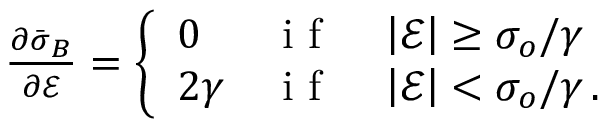
\begin{array} { r } { \frac { \partial \bar { \boldsymbol { \sigma } } _ { B } } { \partial \mathcal { E } } = \left\{ \begin{array} { l l } { 0 } & { \mathrm { ~ i ~ f ~ } \quad \left| \mathcal { E } \right| \ge \sigma _ { o } / \gamma } \\ { 2 \gamma } & { \mathrm { ~ i ~ f ~ } \quad \left| \mathcal { E } \right| < \sigma _ { o } / \gamma \, . } \end{array} \right. } \end{array}